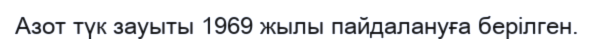
Азот түк зауыты 1969 жылы пайдалануға берілген.